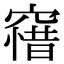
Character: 𥧶